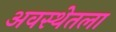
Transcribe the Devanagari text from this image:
अवस्थेतला